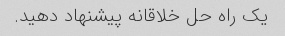
یک راه حل خلاقانه پیشنهاد دهید.